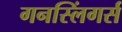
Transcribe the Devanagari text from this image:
गनस्लिंगर्स